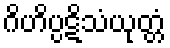
ဂိဟိပ္ပဋိသံယုတ္တံ